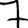
Digit: 7